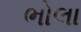
ભોલા